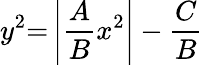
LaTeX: y^{2}{=}\left|{\frac{A}{B}}x^{2}\right|-{\frac{C}{B}}